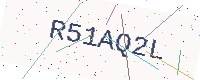
Text: R51AQ2L